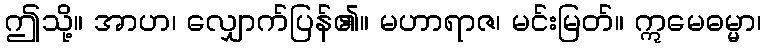
ဤသို့။ အာဟ၊ လျှောက်ပြန်၏။ မဟာရာဇ၊ မင်းမြတ်။ ဣမေဓမ္မာ၊